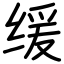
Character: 缓